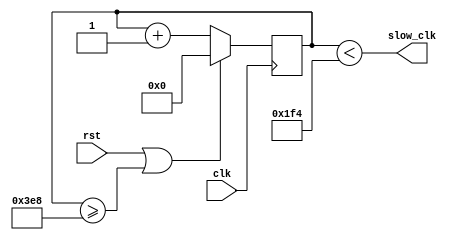
module clock_divider #(
	parameter DIVISION = 1000
	)(
	input clk,
	input rst,
	output slow_clk
	);
	
	reg [$clog2(DIVISION)-1:0] counter;
	
	assign slow_clk = (counter < DIVISION / 2);
	
	always @(posedge clk) begin
		counter <= counter + 1'b1;
		if (rst || counter >= DIVISION) counter <= 0;
	end
endmodule